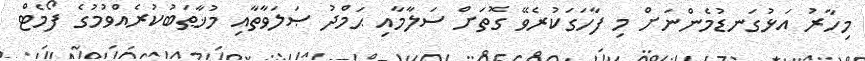
މިހާރު އަޅުގަނޑުމެންނަށް މި ފާހަގަކުރެވޭ ގޮތަށް ސަލާމާއި ޙަމްދު ޞަލަވާތާއި މުޚާޠަބުކުރެއްވުމުގެ ފޯމެޓް